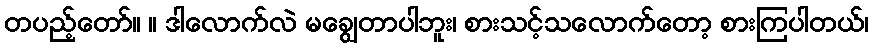
တပည့်တော်။ ။ ဒါလောက်လဲ မချွေတာပါဘူး၊ စားသင့်သလောက်တော့ စားကြပါတယ်၊